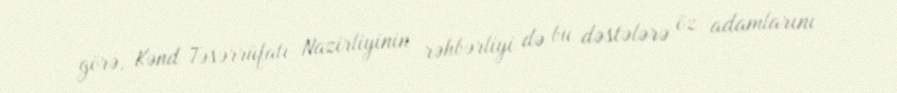
görə, Kənd Təsərrüfatı Nazirliyinin rəhbərliyi də bu dəstələrə öz adamlarını